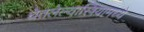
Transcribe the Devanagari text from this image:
घेतलेल्यास्त्रियामध्ये